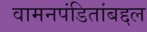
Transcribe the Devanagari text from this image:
वामनपंडितांबद्दल